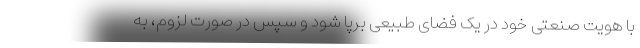
با هویت صنعتی خود در یک فضای طبیعی برپا شود و سپس در صورت لزوم، به